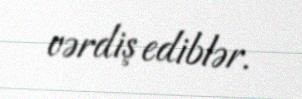
vərdiş ediblər.